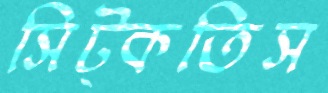
সিট্‌কতিস